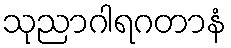
သုညာဂါရဂတာနံ